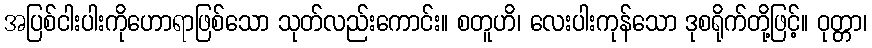
အပြစ်ငါးပါးကိုဟောရာဖြစ်သော သုတ်လည်းကောင်း။ စတူဟိ၊ လေးပါးကုန်သော ဒုစရိုက်တို့ဖြင့်။ ဝုတ္တာ၊